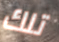
تلك